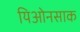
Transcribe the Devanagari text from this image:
यिओनसाक